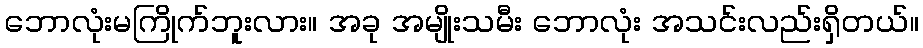
ဘောလုံးမကြိုက်ဘူးလား။ အခု အမျိုးသမီး ဘောလုံး အသင်းလည်းရှိတယ်။